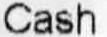
CASH